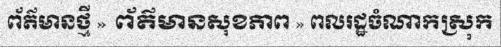
ព័ត៌មានថ្មី » ព័ត៌មានសុខភាព » ពលរដ្ឋចំណាកស្រុក